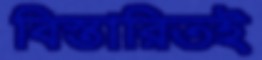
বিস্তারিতই